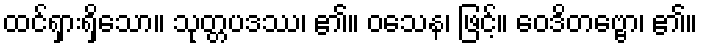
ထင်ရှားရှိသော။ သုတ္တပဒဿ၊ ၏။ ဝသေန၊ ဖြင့်။ ဝေဒိတဗ္ဗော၊ ၏။